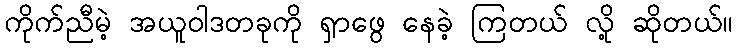
ကိုက်ညီမဲ့ အယူဝါဒတခုကို ရှာဖွေ နေခဲ့ ကြတယ် လို့ ဆိုတယ်။